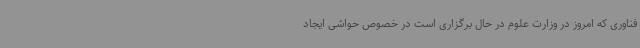
فناوری که امروز در وزارت علوم در حال برگزاری است در خصوص حواشی ایجاد